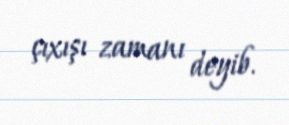
çıxışı zamanı deyib.